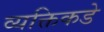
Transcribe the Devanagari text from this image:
व्यक्तिकडे